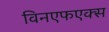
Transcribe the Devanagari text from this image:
विनएफएक्स